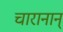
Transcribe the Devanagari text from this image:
चारानान्